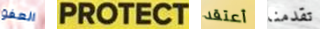
العفو PROTECT أعتقد تقدمنا